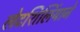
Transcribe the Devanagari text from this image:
लेटशिलिंयाने